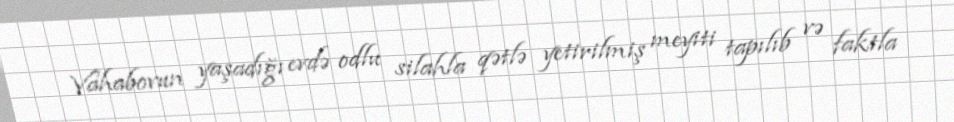
Vahabovun yaşadığı evdə odlu silahla qətlə yetirilmiş meyiti tapılıb və faktla